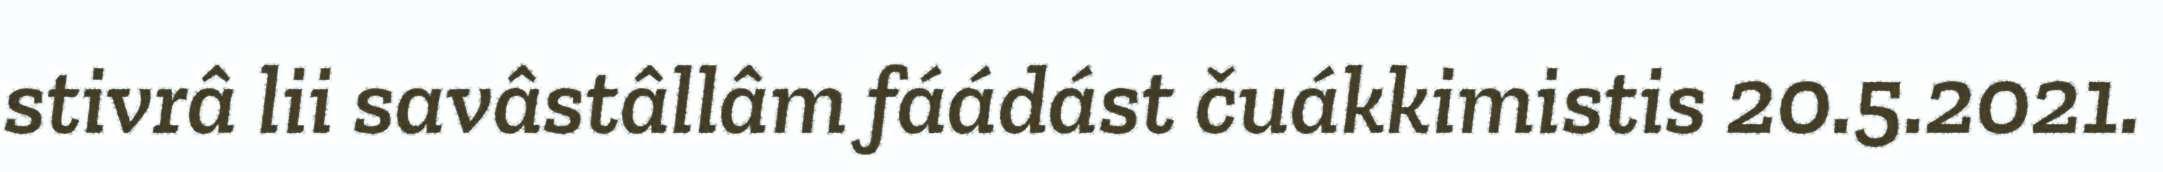
stivrâ lii savâstâllâm fáádást čuákkimistis 20.5.2021.